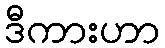
ဒီကားဟာ